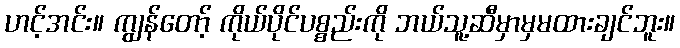
ဟင့်အင်း။ ကျွန်တော့် ကိုယ်ပိုင်ပစ္စည်းကို ဘယ်သူ့ဆီမှာမှမထားချင်ဘူး။